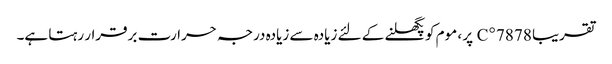
تقریبا 78 78 ° C پر ، موم کو پگھلنے کے لئے زیادہ سے زیادہ درجہ حرارت برقرار رہتا ہے۔